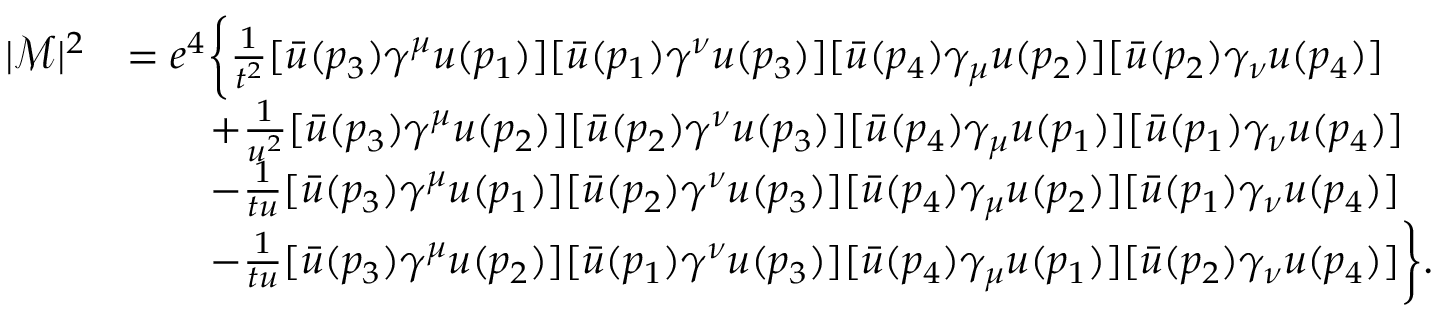
{ \begin{array} { r l } { | { \mathcal { M } } | ^ { 2 } } & { = e ^ { 4 } { \biggl \{ \frac { 1 } { t ^ { 2 } } } [ { \bar { u } } ( p _ { 3 } ) \gamma ^ { \mu } u ( p _ { 1 } ) ] [ { \bar { u } } ( p _ { 1 } ) \gamma ^ { \nu } u ( p _ { 3 } ) ] [ { \bar { u } } ( p _ { 4 } ) \gamma _ { \mu } u ( p _ { 2 } ) ] [ { \bar { u } } ( p _ { 2 } ) \gamma _ { \nu } u ( p _ { 4 } ) ] } \\ & { \qquad + { \frac { 1 } { u ^ { 2 } } } [ { \bar { u } } ( p _ { 3 } ) \gamma ^ { \mu } u ( p _ { 2 } ) ] [ { \bar { u } } ( p _ { 2 } ) \gamma ^ { \nu } u ( p _ { 3 } ) ] [ { \bar { u } } ( p _ { 4 } ) \gamma _ { \mu } u ( p _ { 1 } ) ] [ { \bar { u } } ( p _ { 1 } ) \gamma _ { \nu } u ( p _ { 4 } ) ] } \\ & { \qquad - { \frac { 1 } { t u } } [ { \bar { u } } ( p _ { 3 } ) \gamma ^ { \mu } u ( p _ { 1 } ) ] [ { \bar { u } } ( p _ { 2 } ) \gamma ^ { \nu } u ( p _ { 3 } ) ] [ { \bar { u } } ( p _ { 4 } ) \gamma _ { \mu } u ( p _ { 2 } ) ] [ { \bar { u } } ( p _ { 1 } ) \gamma _ { \nu } u ( p _ { 4 } ) ] } \\ & { \qquad - { \frac { 1 } { t u } } [ { \bar { u } } ( p _ { 3 } ) \gamma ^ { \mu } u ( p _ { 2 } ) ] [ { \bar { u } } ( p _ { 1 } ) \gamma ^ { \nu } u ( p _ { 3 } ) ] [ { \bar { u } } ( p _ { 4 } ) \gamma _ { \mu } u ( p _ { 1 } ) ] [ { \bar { u } } ( p _ { 2 } ) \gamma _ { \nu } u ( p _ { 4 } ) ] { \biggr \} } . } \end{array} }